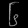
Digit: ၆